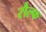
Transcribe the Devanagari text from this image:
रौल्फ